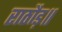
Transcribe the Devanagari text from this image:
राठौड़॥